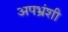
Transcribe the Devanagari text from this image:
अपभ्रंशी